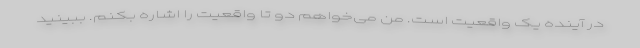
در آینده یک واقعیت است. من می‌خواهم دو تا واقعیت را اشاره بکنم. ببینید